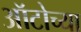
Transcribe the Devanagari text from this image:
ऑटोच्या